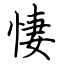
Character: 悽